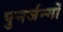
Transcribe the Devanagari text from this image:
पुनर्जन्मों